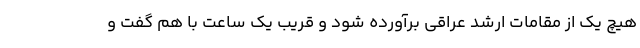
هیچ یک از مقامات ارشد عراقی برآورده شود و قریب یک ساعت با هم گفت و